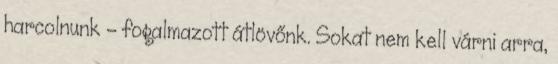
harcolnunk – fogalmazott átlövőnk. Sokat nem kell várni arra,